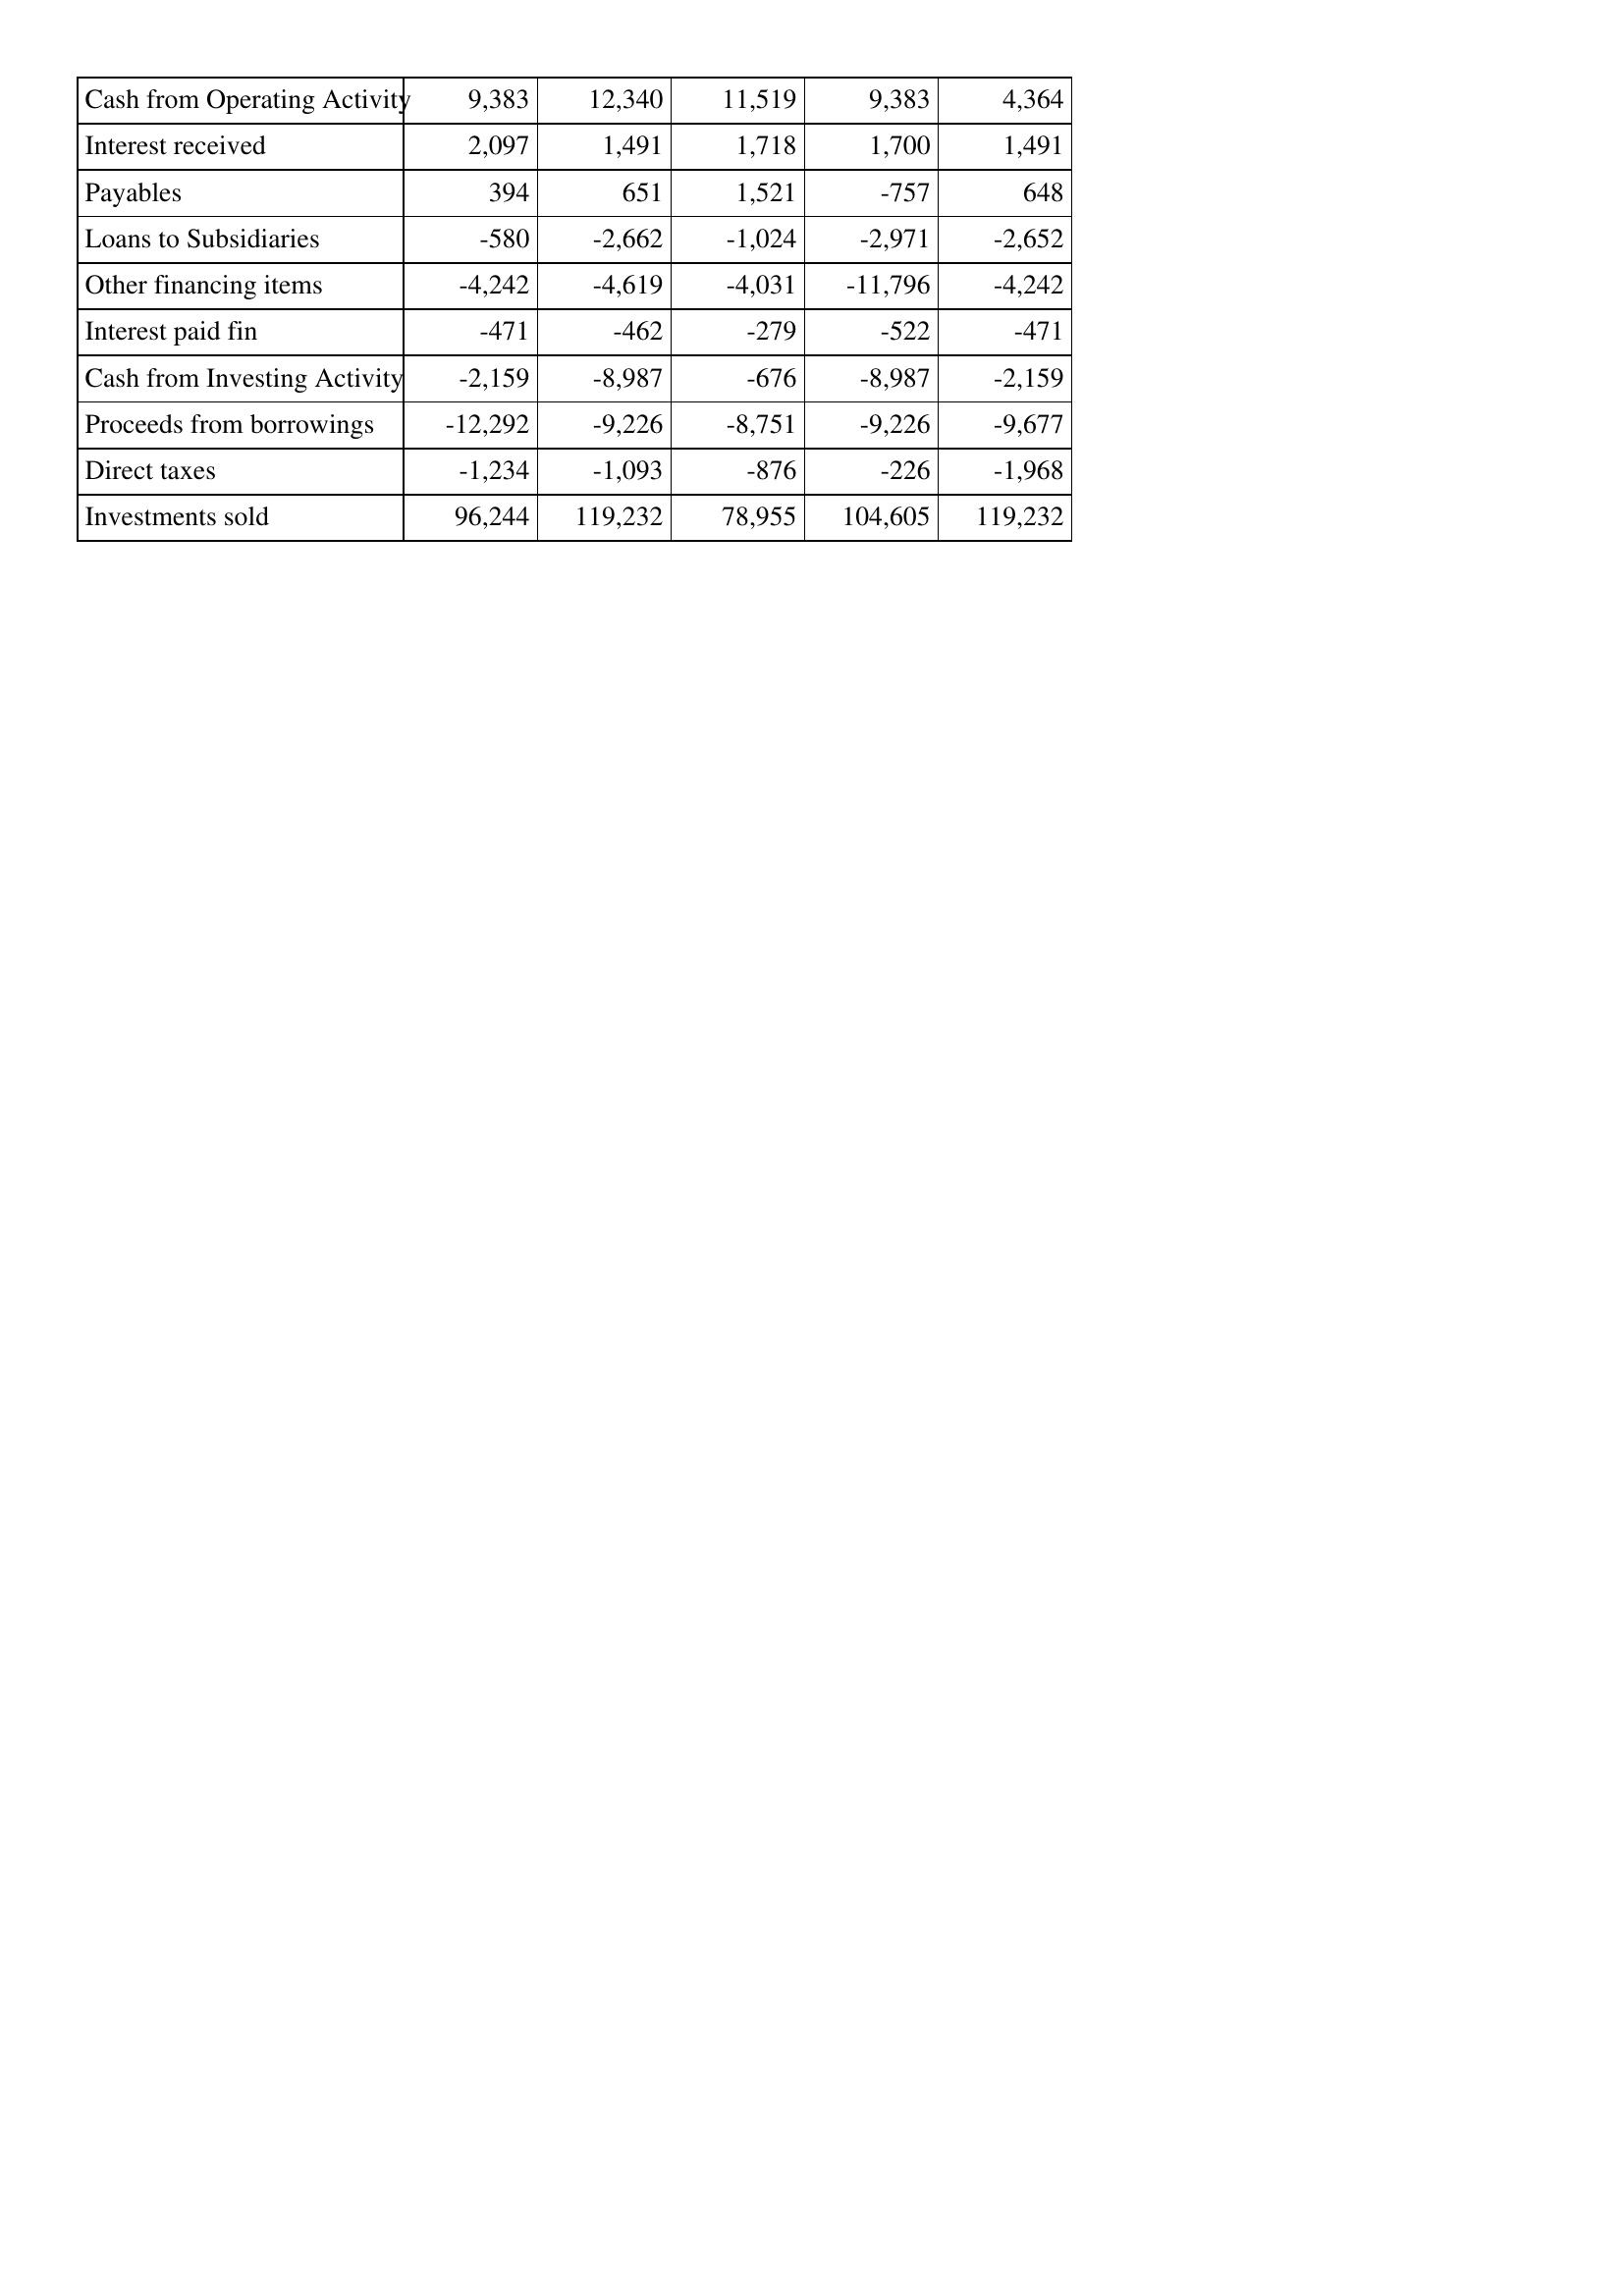
Mar-97: Cash Flows: Cash from Operating Activity: 9,383
Interest received: 2,097
Payables: 394
Loans to Subsidiaries: -580
Other financing items: -4,242
Interest paid fin: -471
Cash from Investing Activity: -2,159
Proceeds from borrowings: -12,292
Direct taxes: -1,234
Investments sold: 96,244
Mar-96: Cash Flows: Cash from Operating Activity: 12,340
Interest received: 1,491
Payables: 651
Loans to Subsidiaries: -2,662
Other financing items: -4,619
Interest paid fin: -462
Cash from Investing Activity: -8,987
Proceeds from borrowings: -9,226
Direct taxes: -1,093
Investments sold: 119,232
Mar-95: Cash Flows: Cash from Operating Activity: 11,519
Interest received: 1,718
Payables: 1,521
Loans to Subsidiaries: -1,024
Other financing items: -4,031
Interest paid fin: -279
Cash from Investing Activity: -676
Proceeds from borrowings: -8,751
Direct taxes: -876
Investments sold: 78,955
Mar-94: Cash Flows: Cash from Operating Activity: 9,383
Interest received: 1,700
Payables: -757
Loans to Subsidiaries: -2,971
Other financing items: -11,796
Interest paid fin: -522
Cash from Investing Activity: -8,987
Proceeds from borrowings: -9,226
Direct taxes: -226
Investments sold: 104,605
Mar-93: Cash Flows: Cash from Operating Activity: 4,364
Interest received: 1,491
Payables: 648
Loans to Subsidiaries: -2,652
Other financing items: -4,242
Interest paid fin: -471
Cash from Investing Activity: -2,159
Proceeds from borrowings: -9,677
Direct taxes: -1,968
Investments sold: 119,232